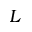
L